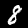
Digit: 8